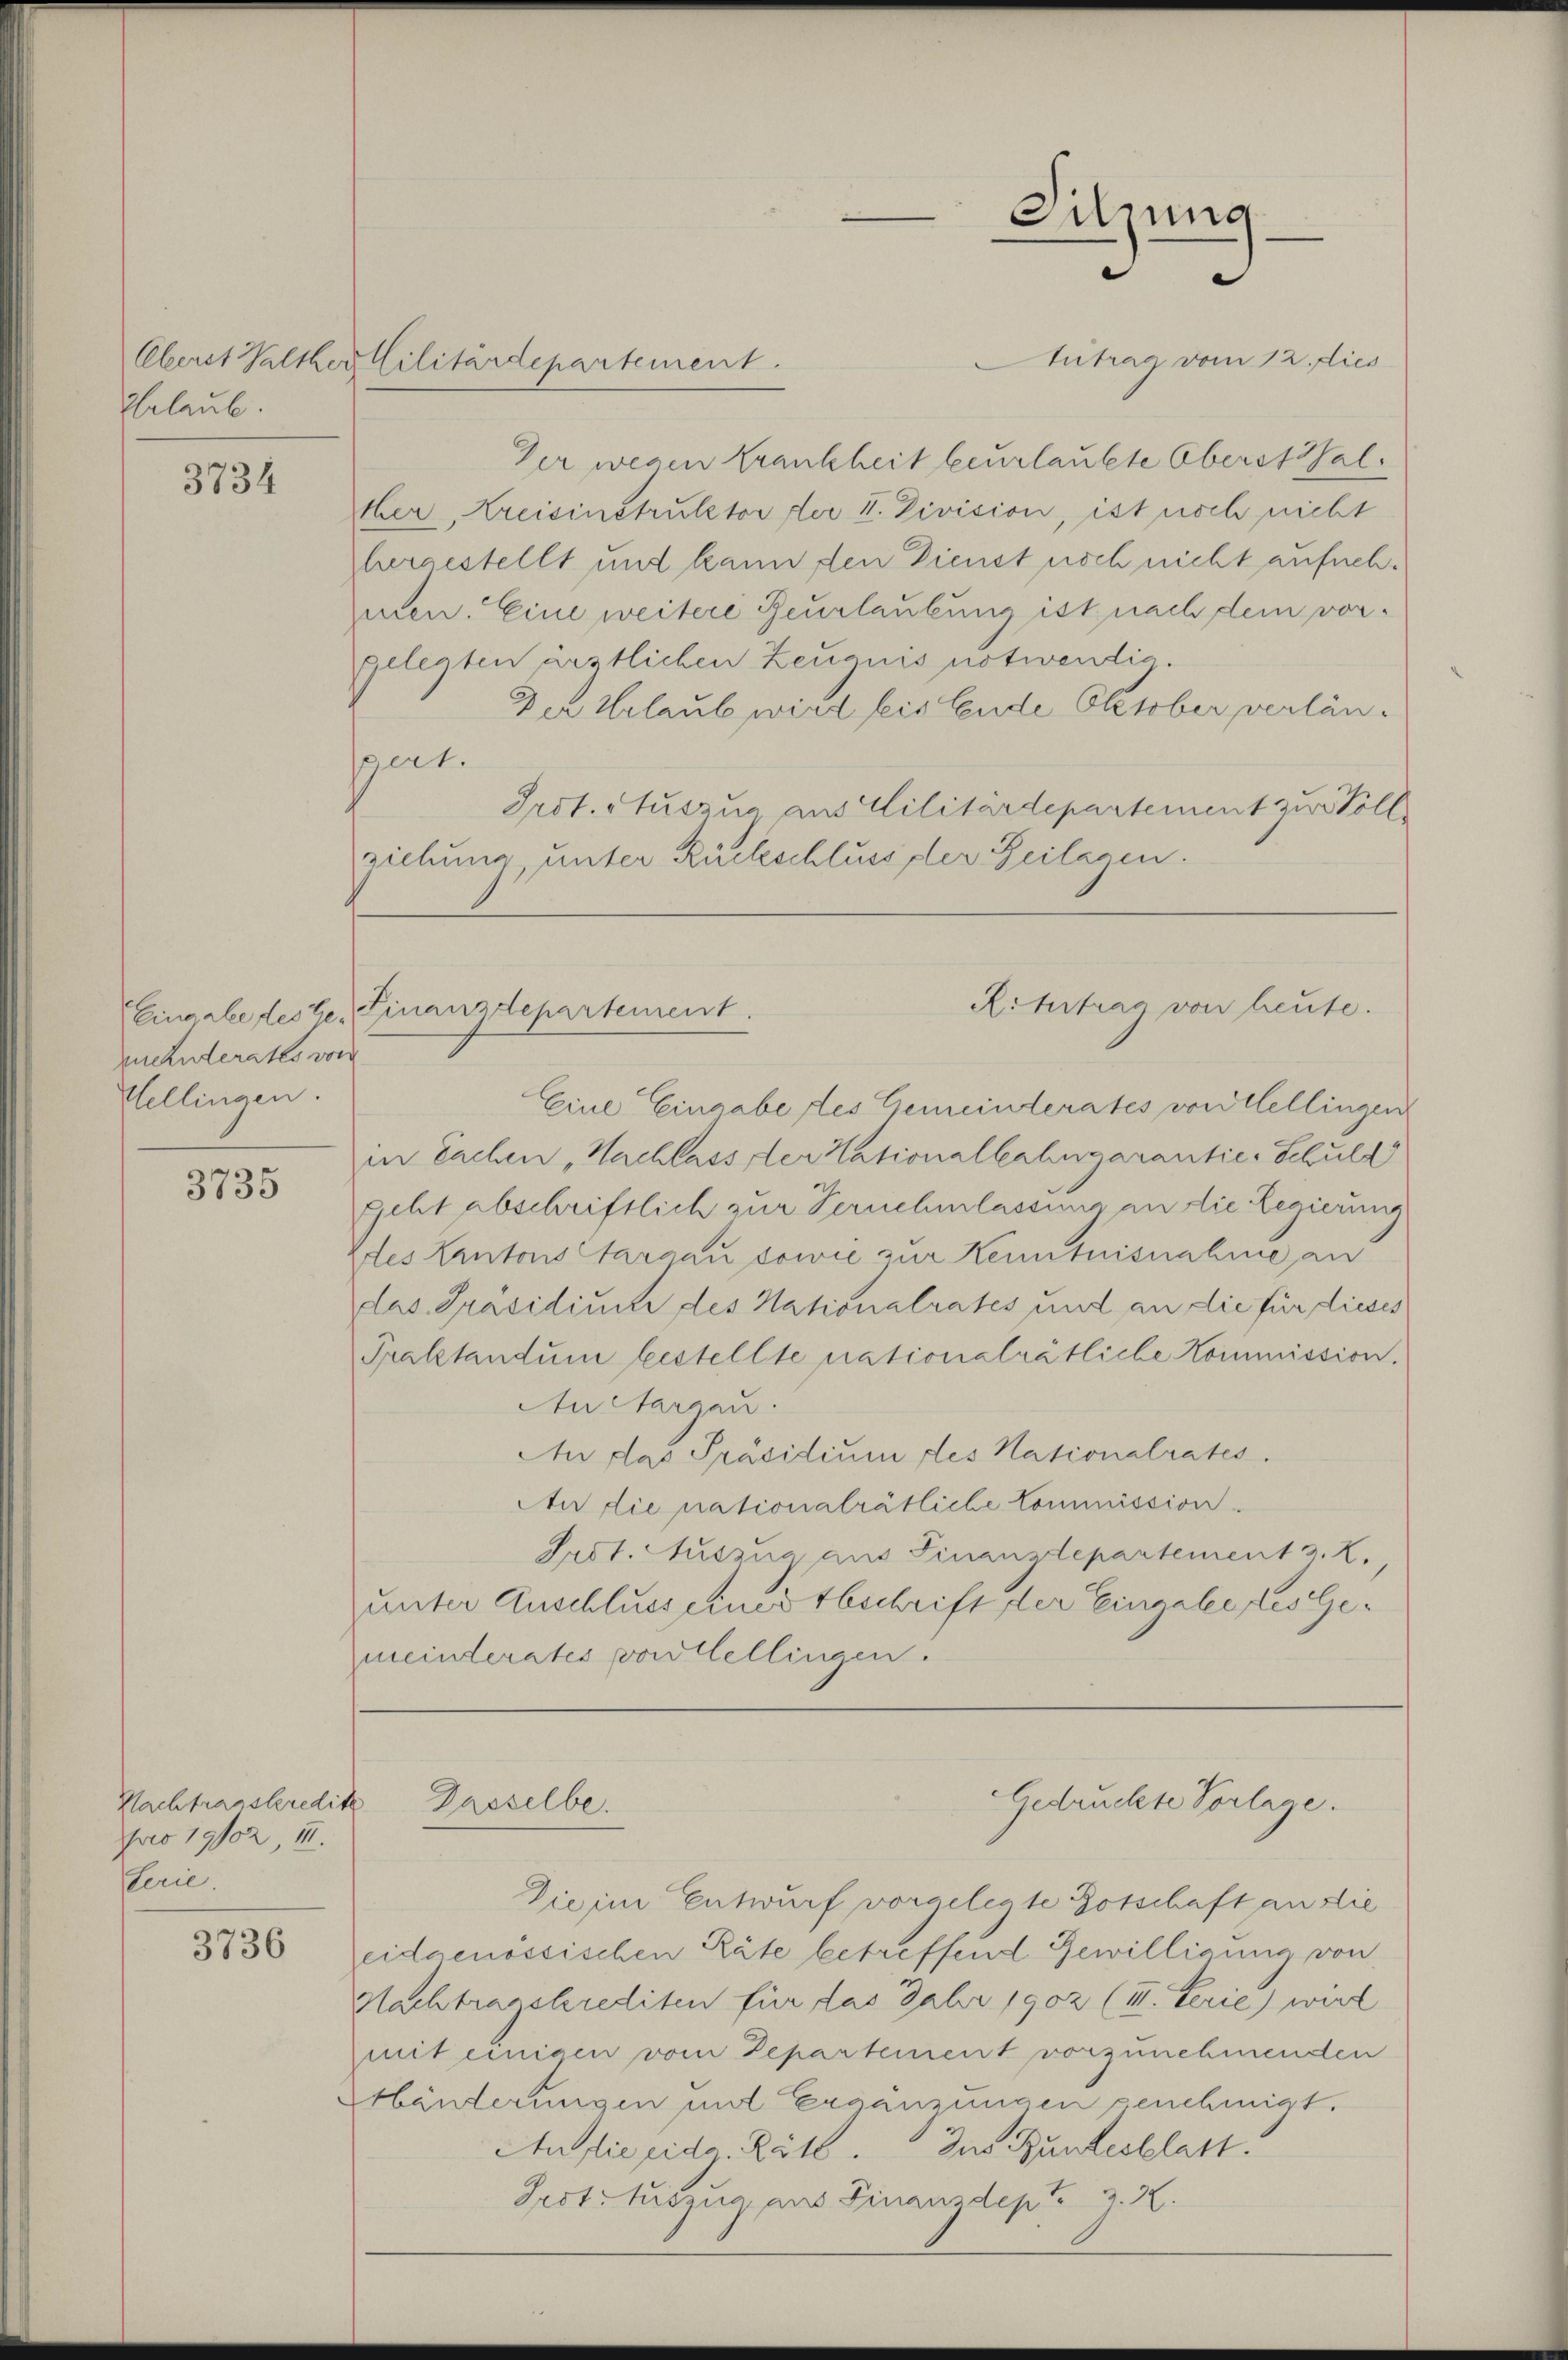
Erlaub

3734

mehnderates von
Mellingen.

3735

Nachtragskredit
pro 1902, III.
Serie.

3736

Antrag vom 12. dies
Der wegen Krankheit beurlaubte Oberst Walter, Kreisinstruktor der I. Division, ist noch nicht
hergestellt und kann den Dienst noch nicht aufnehmmen. Eine weitere Beurlaubung ist nach dem vorgelegten ärztlichen Zeugnis notwendig
Der Urlaub wird seis Ende Oktober verlänspart.
Irst. Auszug aus Cilitärdepartement zu Voll
ziehung unter Rückschluss der Beilagen.

Oberst Walther Militärdepartement.

Eingabe des her Finanzdepartement.

Gasselbe.

Sitzung

Ritertrag von heute.

Gedruckte Vorlage.

Eine Eingabe des Gemeinderates von Mellingen
in Sachen „Nachlass der Nationalbahngarantie-Schuld
geht abschriftlich zur Vernehmlassung an die Regierung
Ddes Kantons Aargau sowie zur Kenntnisnahme an
Das Präsidium des Nationalrates und an die für dieses
Praktandum bestellte nationalrätliche Kommission.
An Aargau.
An das Präsidium des Nationalrates.
An die nationalrätliche Commission.
Srst. Auszug aus Finanzdepartement z. Z.
unter Anschluss eines Abschrift der Eingabe des Gemeinderates von Mellingen.

Die im Entwurf vorgelegte Botschaft an die
eidgenössischen Räte betreffend Gewilligung von
Nachtragskrediten für das Jahr 1902 (III. Serie) wird
mit einigen vom Departement vorzunehmenden
Händerungen und Ergänzungen genehmigt.
An die eidg. Ritt. Das Bundesblatt.
Frot-Auszug aus Finanzdepte z. H.